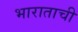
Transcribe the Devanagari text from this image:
भाराताची